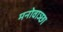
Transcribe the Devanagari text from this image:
मनोवाञ्छा